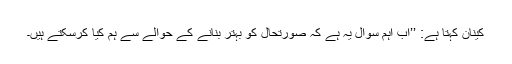
کینان کہتا ہے: ’’اب اہم سوال یہ ہے کہ صورتحال کو بہتر بنانے کے حوالے سے ہم کیا کرسکتے ہیں۔